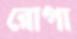
রোপা